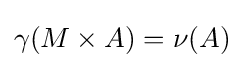
\gamma (M\times A)=\nu (A)